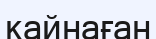
кайнаған